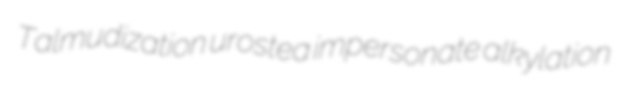
Talmudization urostea impersonate alkylation